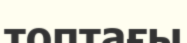
топтағы